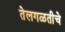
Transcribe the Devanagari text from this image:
तेलगळतीचे